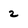
Character: 2